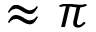
\approx \pi